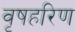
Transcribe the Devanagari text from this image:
वृषहरिण